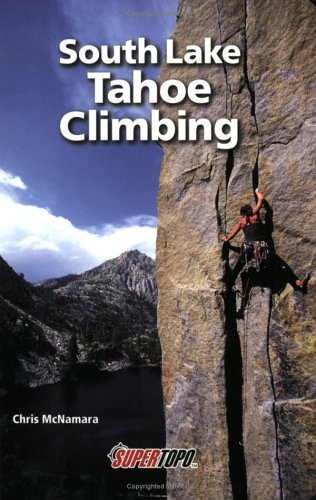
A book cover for South Lake Tahoe Climbing; Chris McNamara; Sports & Outdoors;